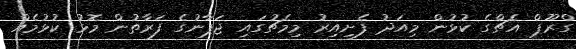
ގްރޫޕް އެޗްގެ ކުޅުން މިއަދު ފެށިއިރު މިމެޗުގައި ޖަޕާނުގެ ފަރާތުން މޮޅު ކުޅުމެއް